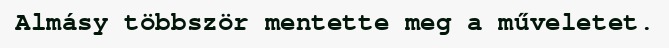
Almásy többször mentette meg a műveletet.